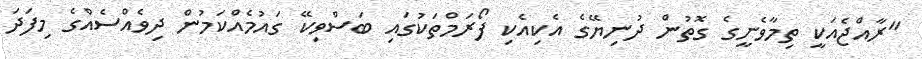
"ރާއްޖެއަކީ ތިމާވެށީގެ ގޮތުން ދުނިޔޭގެ އެކިއެކި ފޯރަމްތަކުގައި ބަސްވިކޭ ގައުމެއްކަމުން ދިވެއްސެއްގެ މިފަދަ